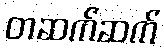
တဆက်ဆက်